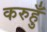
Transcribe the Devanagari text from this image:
करुहुँ